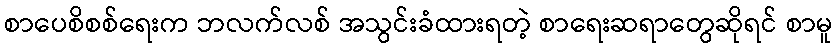
စာပေစိစစ်ရေးက ဘလက်လစ် အသွင်းခံထားရတဲ့ စာရေးဆရာတွေဆိုရင် စာမူ